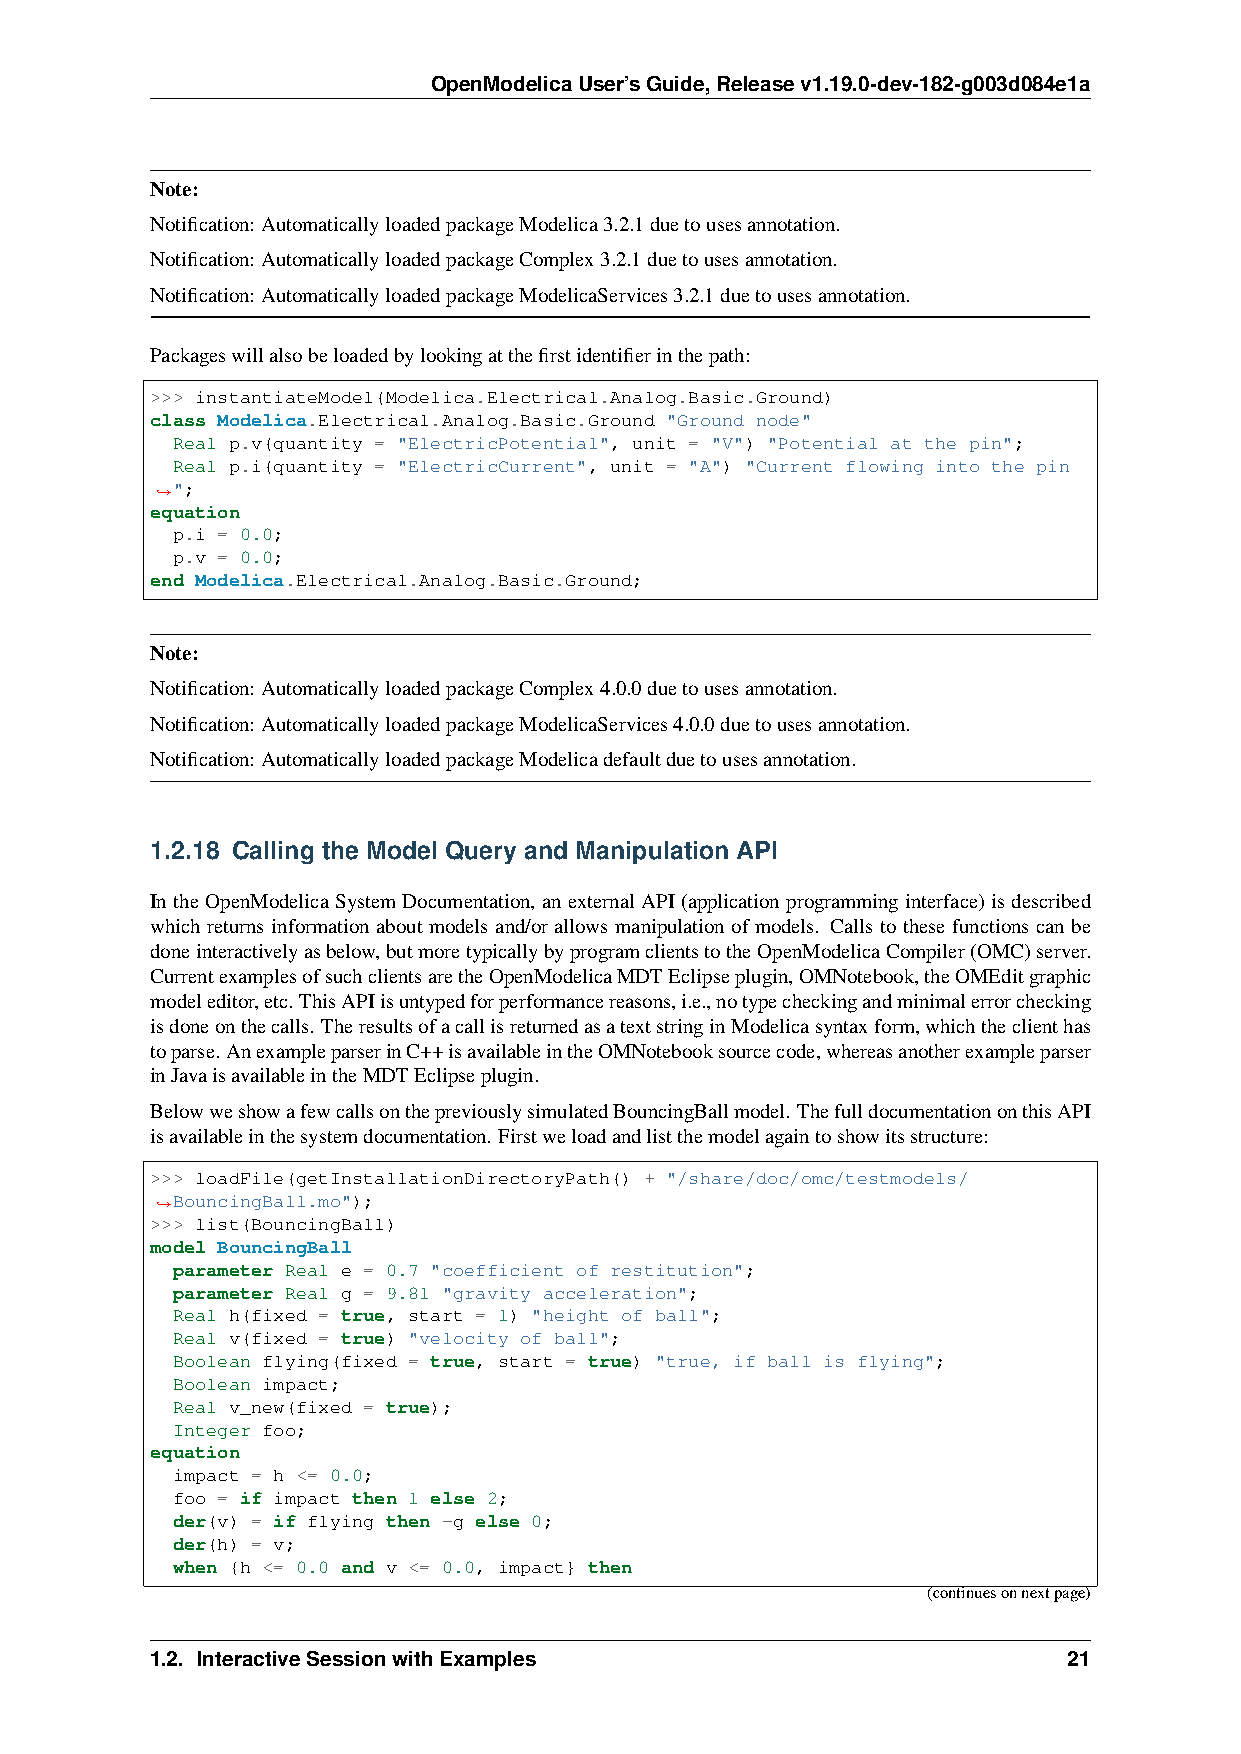
OpenModelicaUser’sGuide,Releasev1.19.0-dev-182-g003d084e1a
 Note:
 Notification: AutomaticallyloadedpackageModelica3.2.1duetousesannotation.
 Notification: AutomaticallyloadedpackageComplex3.2.1duetousesannotation.
 Notification: AutomaticallyloadedpackageModelicaServices3.2.1duetousesannotation.
 Packageswillalsobeloadedbylookingatthefirstidentifierinthepath:
 >>> instantiateModel(Modelica.Electrical.Analog.Basic.Ground)
 class Modelica.Electrical.Analog.Basic.Ground "Ground node"
 Real p.v(quantity = "ElectricPotential", unit = "V") "Potential at the pin";
 Real p.i(quantity = "ElectricCurrent", unit = "A") "Current flowing into the pin
 ";
 ˓→
 equation
 p.i = 0.0;
 p.v = 0.0;
 end Modelica.Electrical.Analog.Basic.Ground;
 Note:
 Notification: AutomaticallyloadedpackageComplex4.0.0duetousesannotation.
 Notification: AutomaticallyloadedpackageModelicaServices4.0.0duetousesannotation.
 Notification: AutomaticallyloadedpackageModelicadefaultduetousesannotation.
 1.2.18 Calling the Model Query and Manipulation API
 In the OpenModelica System Documentation, an externalAPI (application programming interface) is described
 which returns information about models and/or allows manipulation of models. Calls to these functions can be
 doneinteractivelyasbelow,butmoretypicallybyprogramclientstotheOpenModelicaCompiler(OMC)server.
 CurrentexamplesofsuchclientsaretheOpenModelicaMDTEclipseplugin,OMNotebook,theOMEditgraphic
 modeleditor,etc. ThisAPIisuntypedforperformancereasons,i.e.,notypecheckingandminimalerrorchecking
 isdoneonthecalls. TheresultsofacallisreturnedasatextstringinModelicasyntaxform,whichtheclienthas
 toparse. AnexampleparserinC++isavailableintheOMNotebooksourcecode,whereasanotherexampleparser
 inJavaisavailableintheMDTEclipseplugin.
 BelowweshowafewcallsonthepreviouslysimulatedBouncingBallmodel. ThefulldocumentationonthisAPI
 isavailableinthesystemdocumentation. Firstweloadandlistthemodelagaintoshowitsstructure:
 >>> loadFile(getInstallationDirectoryPath() + "/share/doc/omc/testmodels/
 BouncingBall.mo");
 ˓→
 >>> list(BouncingBall)
 model BouncingBall
 parameter Real e = 0.7 "coefficient of restitution";
 parameter Real g = 9.81 "gravity acceleration";
 Real h(fixed = true, start = 1) "height of ball";
 Real v(fixed = true) "velocity of ball";
 Boolean flying(fixed = true, start = true) "true, if ball is flying";
 Boolean impact;
 Real v_new(fixed = true);
 Integer foo;
 equation
 impact = h <= 0.0;
 foo = if impact then 1 else 2;
 der(v) = if flying then -g else 0;
 der(h) = v;
 when {h <= 0.0 and v <= 0.0, impact} then
 (continuesonnextpage)
 1.2. InteractiveSessionwithExamples                          21